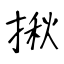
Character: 揪